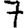
Digit: 7